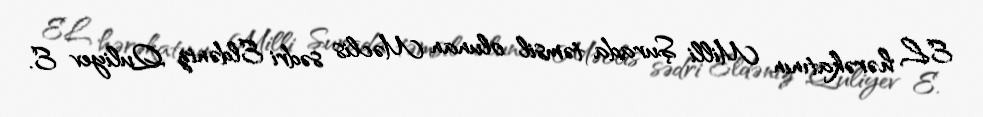
EL hərəkatının Milli Şurada təmsil olunan Məclis sədri Eldəniz Quliyev E.